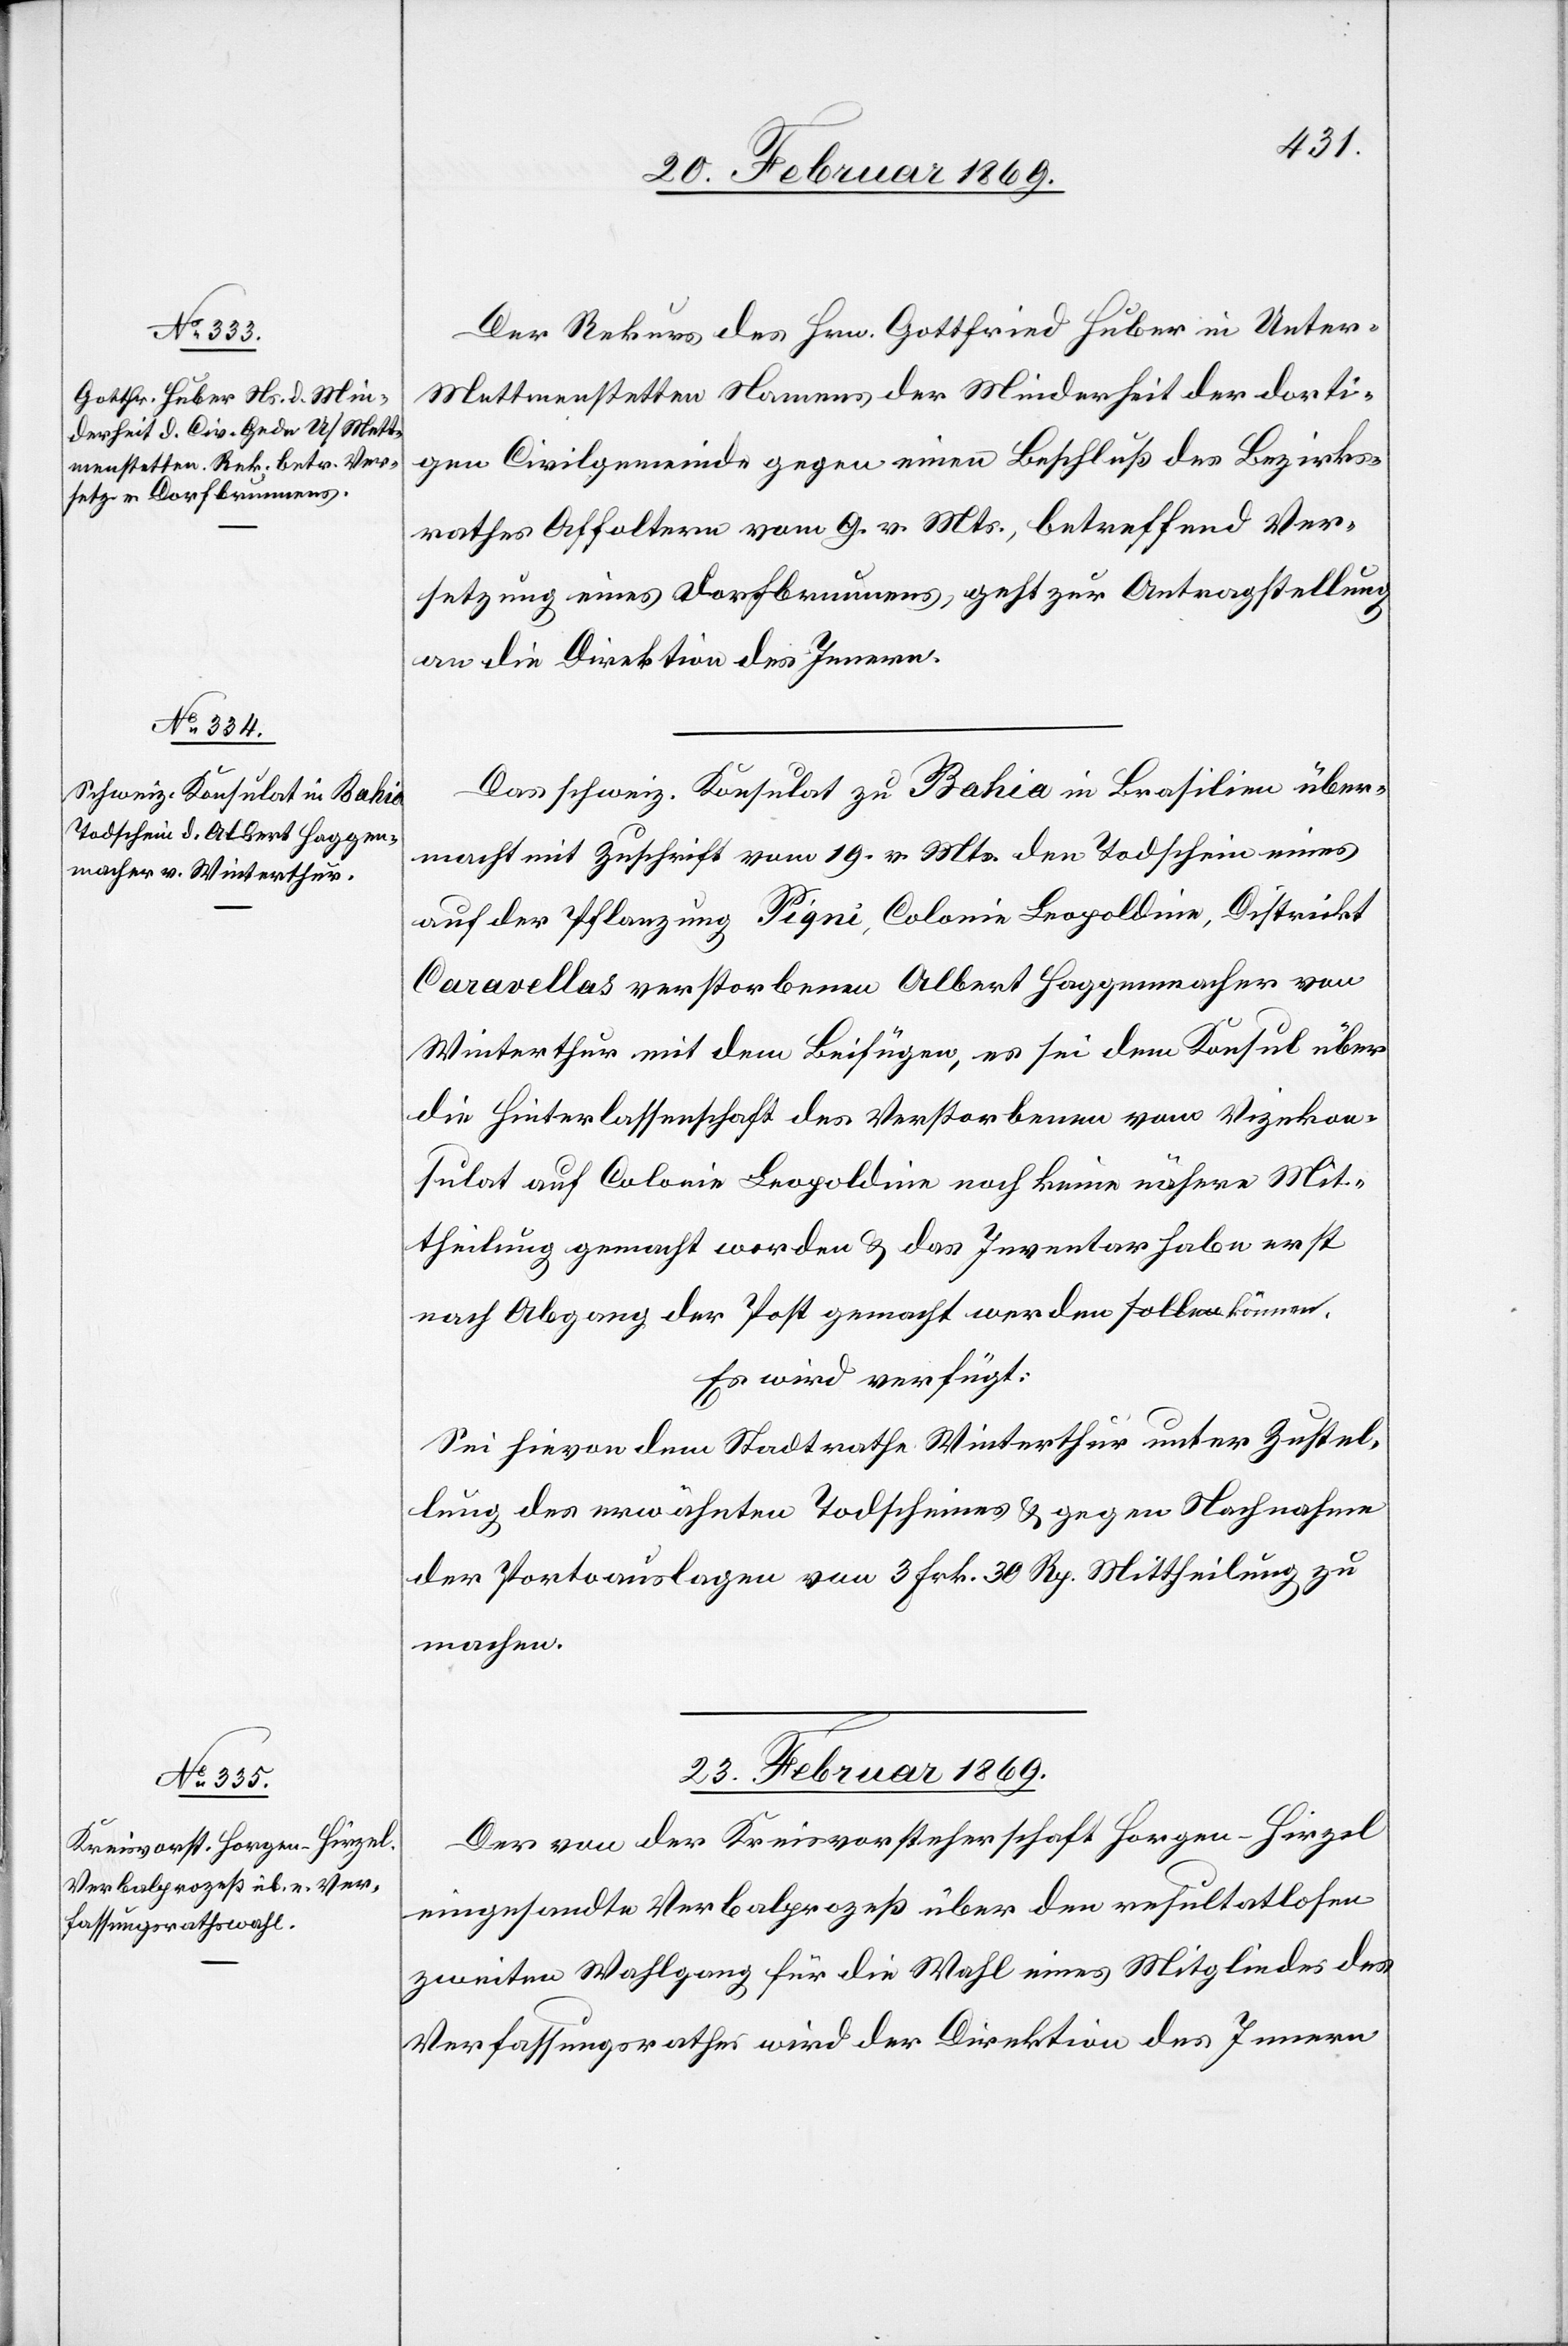
Der Rekurs des Hrn. Gottfried Huber in Unter-M¬
ettmenstetten Namens der Minderheit der dorti¬
gen Civilgemeinde gegen einen Beschluß des Bezirks¬
rathes Affoltern vom 9. v. Mts., betreffend Ver¬
setzung eines Dorfbrunnens, geht zur Antragstellung
an die Direktion des Innern.
Das schweiz. Konsulat zu Bahia in Brasilien über¬
macht mit Zuschrift vom 19. v. Mts. den Todschein eines
auf der Pflanzung Pigni, Colonie Leopoldine, Distrikt
Caravellas verstorbenen Albert Haggenmacher von
Winterthur mit dem Beifügen, es sei dem Konsul über
die Hinterlassenschaft des Verstorbenen vom Vizekon¬
sulat auf Colonie Leopoldine noch keine nähere Mit¬
theilung gemacht worden & das Inventar habe erst
nach Abgang der Post gemacht werden können.
Es wird verfügt:
Sei hievon dem Stadtrathe Winterthur unter Zustel¬
lung des erwähnten Todscheines & gegen Nachnahme
der Portoauslagen von 3 Frk. 30 Rp. Mittheilung zu
machen.
23. Februar 1869.
Der von der Kreisvorsteherschaft Horgen-Hirzel
eingesandte Verbalprozeß über den resultatlosen
zweiten Wahlgang für die Wahl eines Mitgliedes des
Verfassungsrathes wird der Direktion des Innern